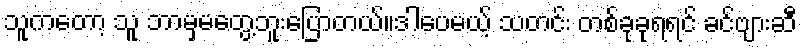
သူကတော့ သူ ဘာမှမတွေ့ဘူးပြောတယ်။ဒါပေမယ့် သတင်း တစ်ခုခုရရင် ခင်ဗျားဆီ